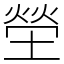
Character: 塋